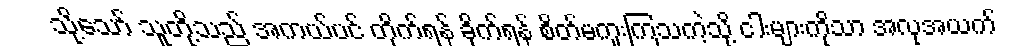
သို့သော် သူတို့သည် အကယ်ပင် တိုက်ရန် ခိုက်ရန် စိတ်မကူးကြသကဲ့သို့ ငါးများကိုသာ အလုအယက်